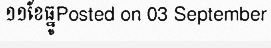
១១ខែធ្នូPosted on 03 September